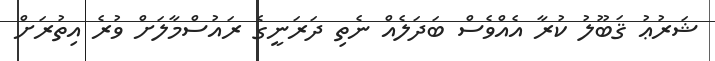
ޝަރުޢު ޤަބޫލު ކުރާ އެއްވެސް ބަދަލެއް ނެތި ދަރަނީގެ ރައުސްމާލަށް ވުރެ އިތުރަށް